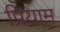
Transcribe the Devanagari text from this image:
प्रियाम